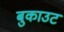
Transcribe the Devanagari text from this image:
बुकाउट